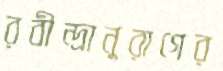
রবীন্দ্রানুরাগের